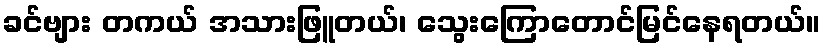
ခင်ဗျား တကယ် အသားဖြူတယ်၊ သွေးကြောတောင်မြင်နေရတယ်။